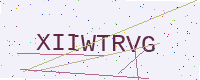
Text: XIIWTRVG